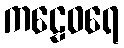
ကဠေဝရေ